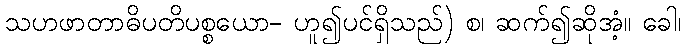
သဟဖာတာဓိပတိပစ္စယော- ဟူ၍ပင်ရှိသည်) စ၊ ဆက်၍ဆိုအံ့။ ခေါ၊